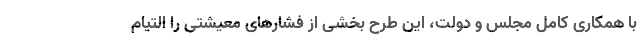
با همکاری کامل مجلس و دولت، این طرح بخشی از فشارهای معیشتی را التیام